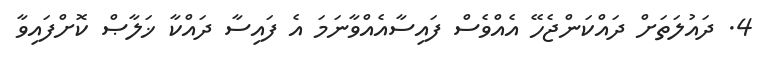
4. ދައުލަތަށް ދައްކަންޖެހޭ އެއްވެސް ފައިސާއެއްވާނަމަ އެ ފައިސާ ދައްކާ ޚަލާޞް ކޮށްފައިވާ